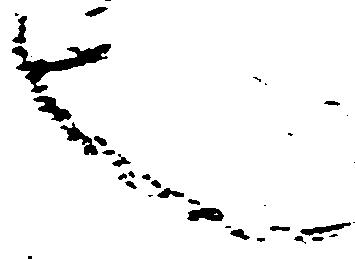
也